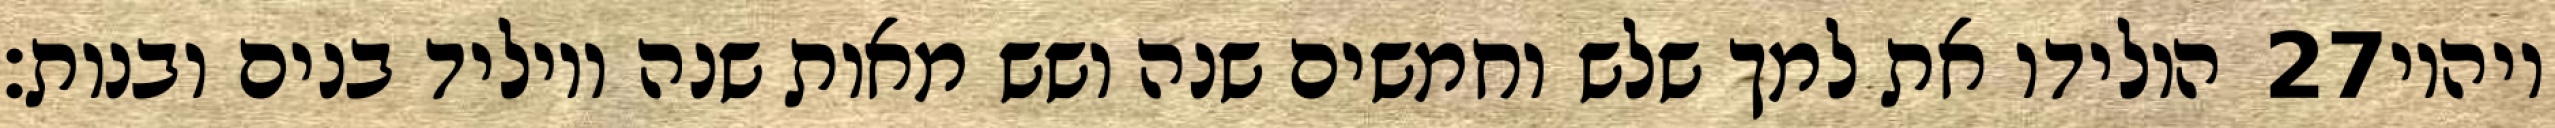
הולידו את למך שלש וחמשים שנה ושש מאות שנה ויוליד בנים ובנות׃ ‎27‏ ויהיו